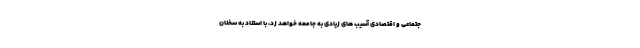
جتماعی و اقتصادی آسیب های زیادی به جامعه خواهد زد، با استناد به سخنان